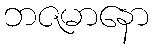
ဘဇမာနော